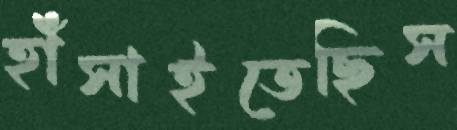
হাঁসাইতেছিস